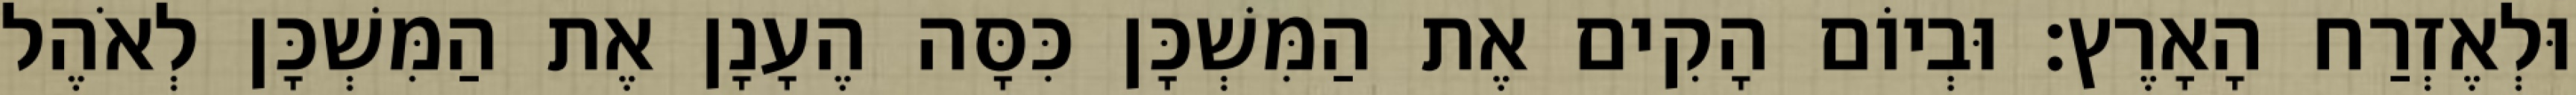
וּלְאֶזְרַח הָאָרֶץ׃ וּבְיוֹם הָקִים אֶת הַמִּשְׁכָּן כִּסָּה הֶעָנָן אֶת הַמִּשְׁכָּן לְאֹהֶל